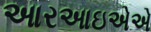
આરઆઇએએ